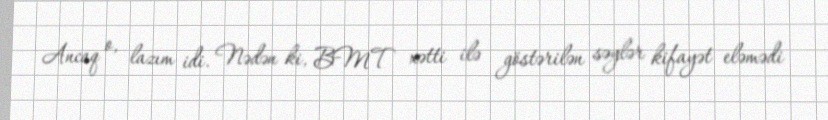
Ancaq o, lazım idi. Nədən ki, BMT xətti ilə göstərilən səylər kifayət eləmədi